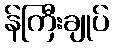
န်ကြီးချုပ်